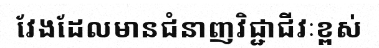
វែងដែលមានជំនាញវិជ្ជាជីវៈខ្ពស់